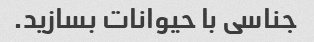
جناسی با حیوانات بسازید.